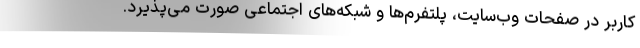
کاربر در صفحات وب‌سایت، پلتفرم‌ها و شبکه‌های اجتماعی صورت می‌پذیرد.